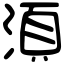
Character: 湏